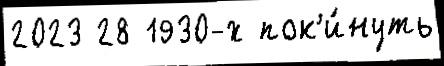
2023 28 1930-х пок'и́нуть